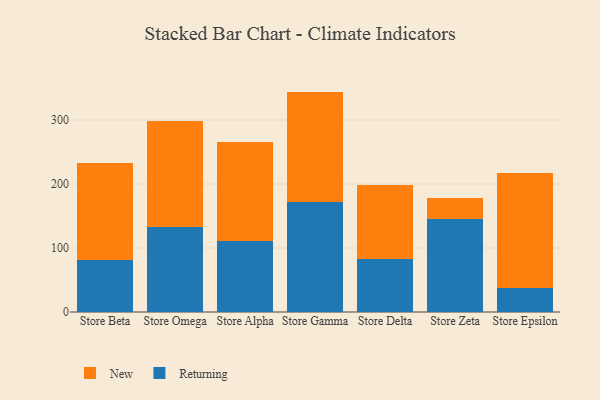
{"axis": {"x": "Store", "y": "LTV (USD)"}, "legend": ["New", "Returning"], "data": [{"x": "Store Beta", "y": 81.3, "type": "Returning"}, {"x": "Store Beta", "y": 151.7, "type": "New"}, {"x": "Store Omega", "y": 132.8, "type": "Returning"}, {"x": "Store Omega", "y": 165.4, "type": "New"}, {"x": "Store Alpha", "y": 110.9, "type": "Returning"}, {"x": "Store Alpha", "y": 154.2, "type": "New"}, {"x": "Store Gamma", "y": 172.2, "type": "Returning"}, {"x": "Store Gamma", "y": 172.2, "type": "New"}, {"x": "Store Delta", "y": 82.4, "type": "Returning"}, {"x": "Store Delta", "y": 115.3, "type": "New"}, {"x": "Store Zeta", "y": 145.9, "type": "Returning"}, {"x": "Store Zeta", "y": 32.0, "type": "New"}, {"x": "Store Epsilon", "y": 38.0, "type": "Returning"}, {"x": "Store Epsilon", "y": 179.9, "type": "New"}]}